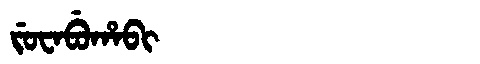
Manchu: ᠵᡠᠸᠠᠪᡠᡥᠠᠪᡳ
Romanization: JUWABUHABI